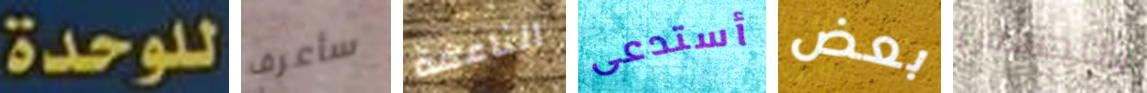
للوحدة سأعرف الناعمة أستدعى بعض بالتجسس